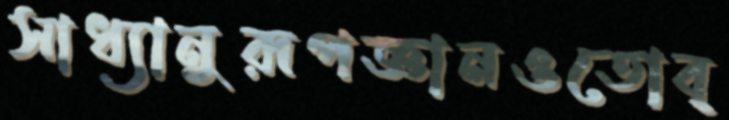
সাধ্যানুরূপজ্ঞানওতোব্